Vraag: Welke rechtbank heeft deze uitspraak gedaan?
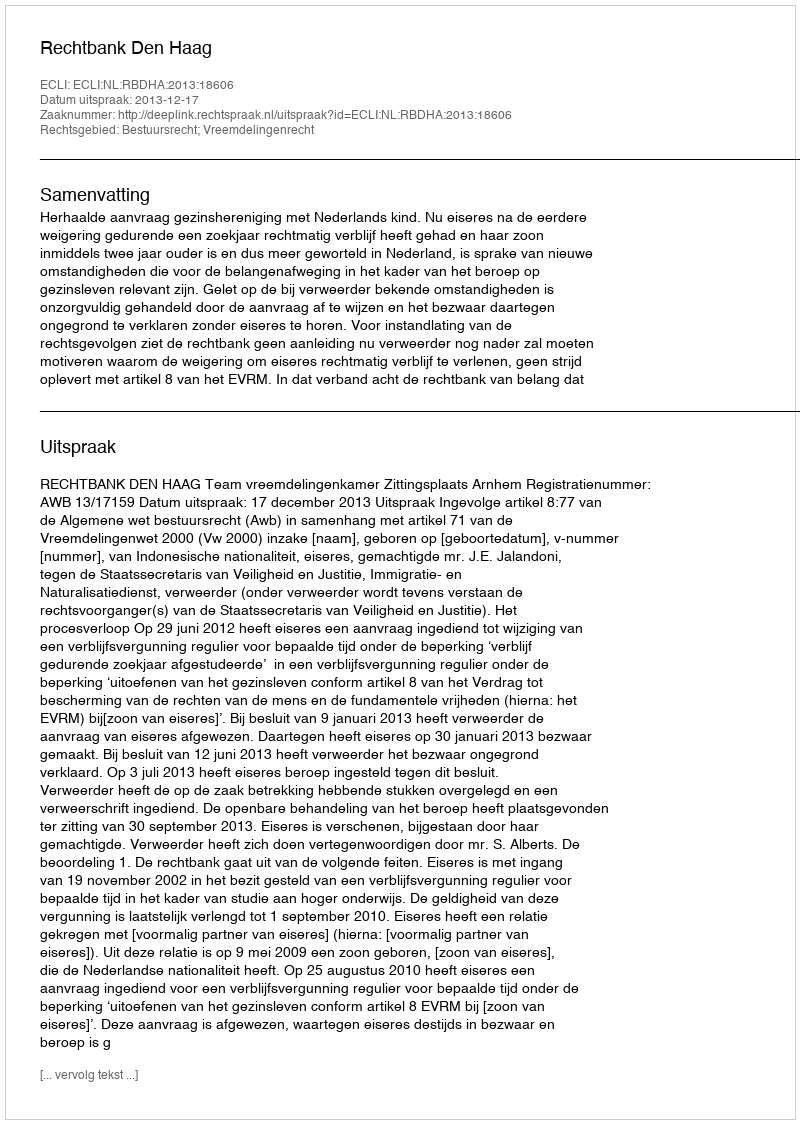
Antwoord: Rechtbank Den Haag